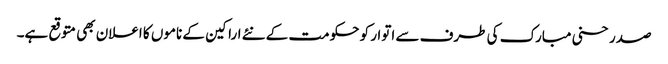
صدر حسنی مبارک کی طرف سے اتوار کو حکومت کے نئے اراکین کے ناموں کا اعلان بھی متوقع ہے۔